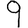
Digit: 9